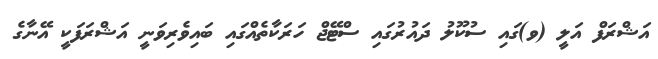
އަޝްރަފް އަލީ (ވ)ގައި ސުކޫލު ދައުރުގައި ސްޓޭޖް ހަރަކާތެއްގައި ބައިވެރިވަނީ އަޝްރަފަކީ އޭނާގެ